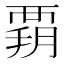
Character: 𧟳